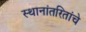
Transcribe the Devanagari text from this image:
स्थानांतरितांचे